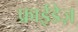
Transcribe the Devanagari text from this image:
फ्राईडेज़